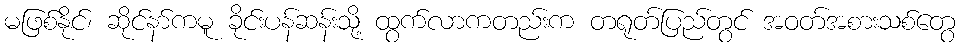
မဖြစ်နိုင်၊ ဆိုင်နာ်ကမူ ခိုင်းပန်ဆန်းသို့ ထွက်လာကတည်းက တရုတ်ပြည်တွင် အဝတ်အစားသစ်တွေ